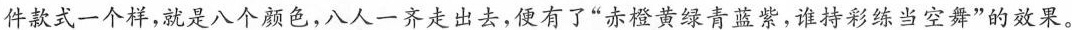
件款式一个样，就是八个颜色，八人一齐走出去，便有了”赤澄黄绿青蓝紫，谁持彩练当空舞”的效裹。